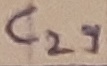
Text: C29